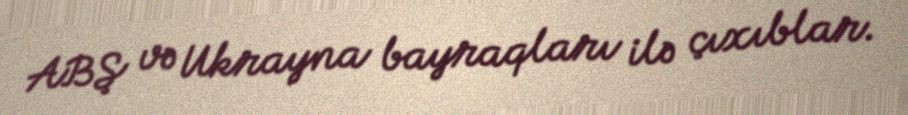
ABŞ və Ukrayna bayraqları ilə çıxıblar.